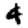
Digit: 4